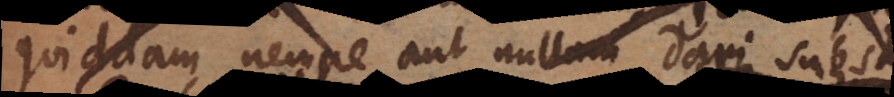
quiddam, nempe aut nullum dari subs